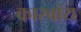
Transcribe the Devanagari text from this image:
कारबॉय